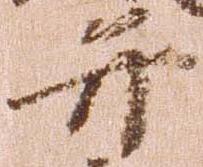
弁